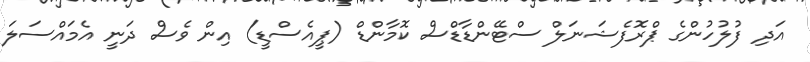
އަދި ފުލުހުންގެ ޕްރޮފެޝަނަލް ސްޓޭންޑާޑްސް ކޮމާންޑް (ޕީއެސްޑީ) އިން ވެސް ދަނީ އެމައްސަލަ